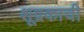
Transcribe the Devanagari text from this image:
शूद्रकाची